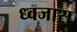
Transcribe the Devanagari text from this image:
ध्वजास